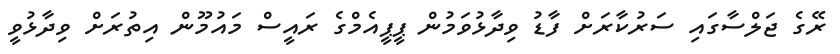
ރޭގެ ޖަލްސާގައި ސަރުކާރަށް ފާޑު ވިދާޅުވަމުން ޕީޕީއެމްގެ ރައީސް މައުމޫން އިތުރަށް ވިދާޅުވީ